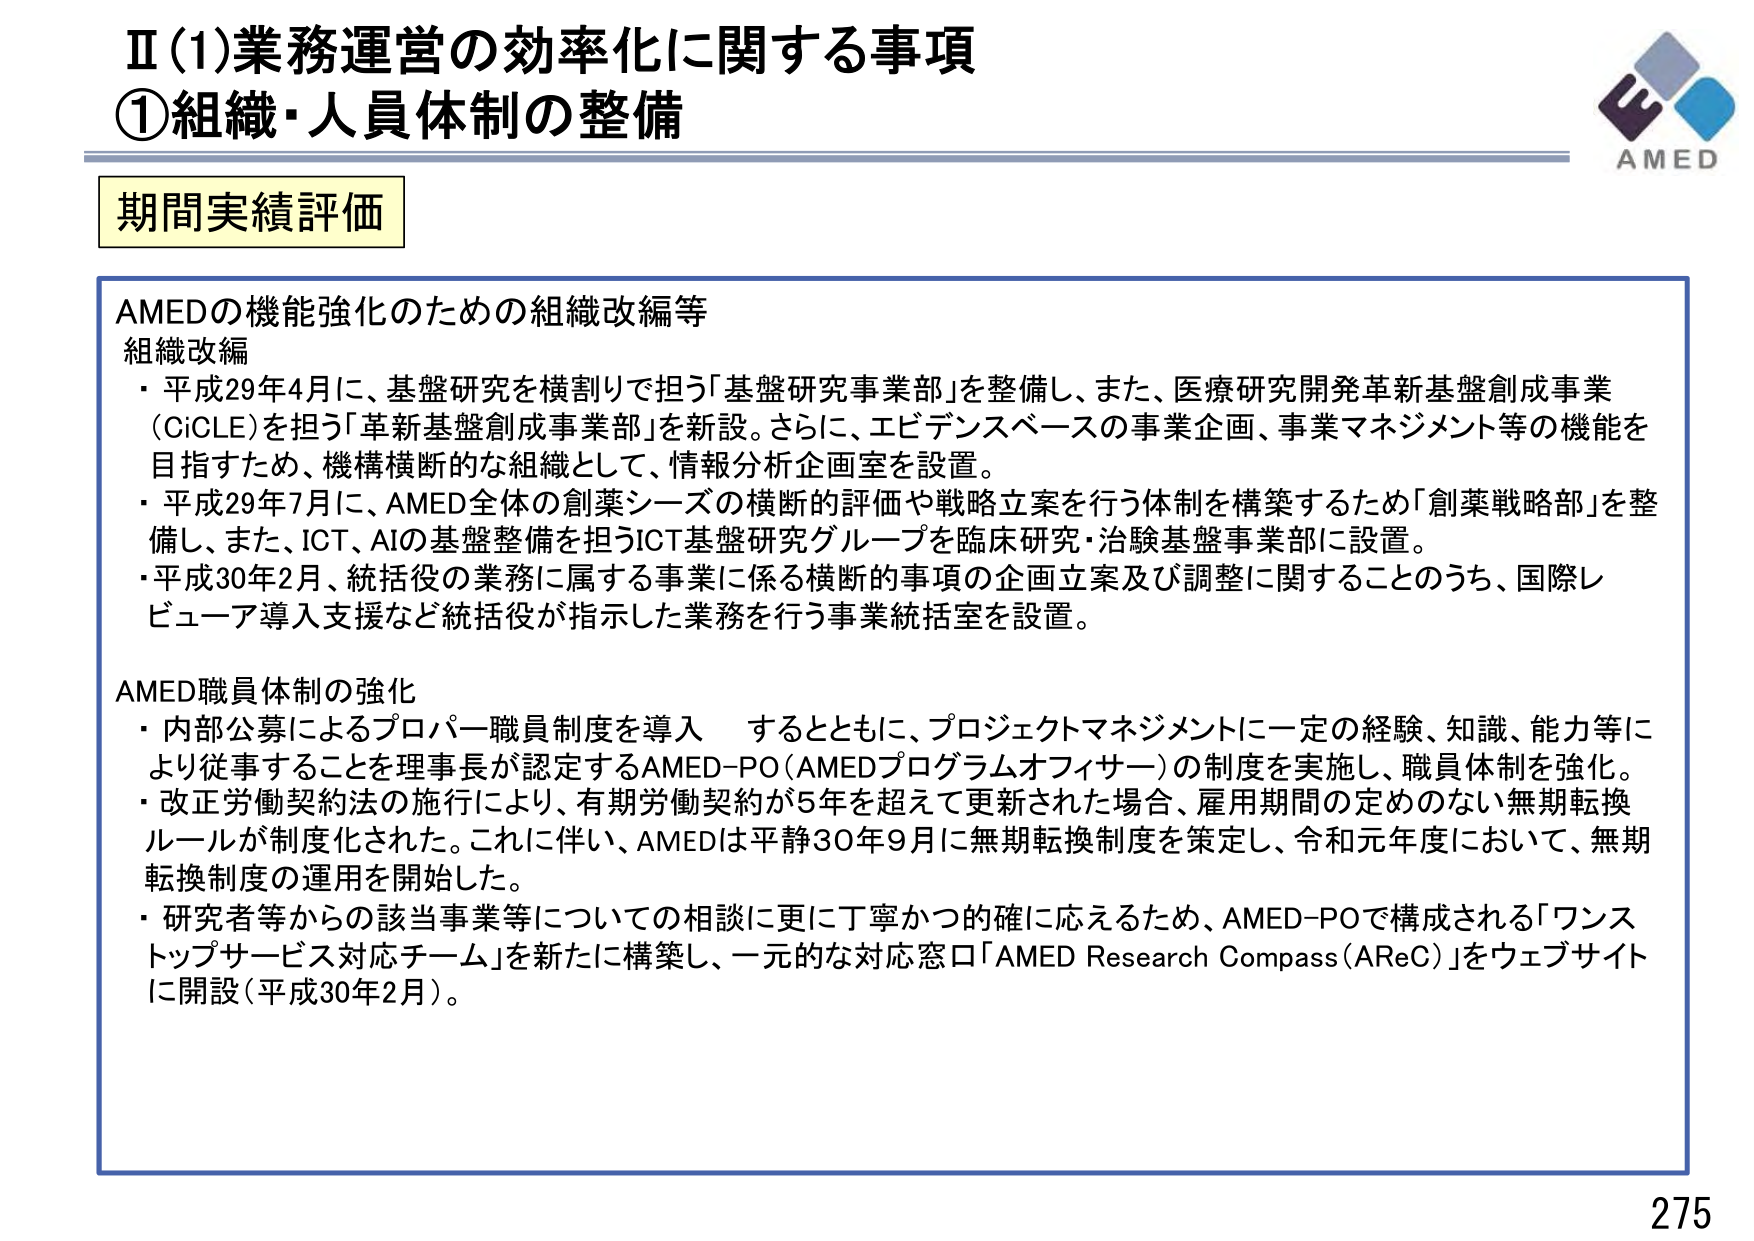
Ⅱ(1)業務運営の効率化に関する事項
①組織・人員体制の整備

期間実績評価

AMEDの機能強化のための組織改編等
組織改編
・平成29年4月に、基盤研究を横割りで担う「基盤研究事業部」を整備し、また、医療研究開発革新基盤創成事業（CiCLE）を担う「革新基盤創成事業部」を新設。さらに、エビデンスベースの事業企画、事業マネジメント等の機能を目指すため、機構横断的な組織として、情報分析企画室を設置。
・平成29年7月に、AMED全体の創薬シーズの横断的評価や戦略立案を行う体制を構築するため「創薬戦略部」を整備し、また、ICT、AIの基盤整備を担うICT基盤研究グループを臨床研究・治験基盤事業部に設置。
・平成30年2月、統括役の業務に属する事業に係る横断的事項の企画立案及び調整に関することのうち、国際レビュー導入支援など統括役が指示した業務を行う事業統括室を設置。

AMED職員体制の強化
・内部公募によるプロパー職員制度を導入 するとともに、プロジェクトマネジメントに一定の経験、知識、能力等により従事することを理事長が認定するAMED-PO（AMEDプログラムオフィサー）の制度を実施し、職員体制を強化。
・改正労働契約法の施行により、有期労働契約が5年を超えて更新された場合、雇用期間の定めのない無期転換ルールが制度化された。これに伴い、AMEDは平成30年9月に無期転換制度を策定し、令和元年度において、無期転換制度の運用を開始した。
・研究者等からの該当事業等についての相談に更に丁寧かつ的確に応えるため、AMED-POで構成される「ワンストップサービス対応チーム」を新たに構築し、一元的な対応窓口「AMED Research Compass（AReC）」をウェブサイトに開設（平成30年2月）。

AMED
275